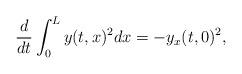
LaTeX: \begin{align*}\frac{d}{dt}\int_0^Ly(t,x)^2dx=-y_x(t,0)^2,\end{align*}